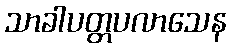
သာခါပတ္တပလာသေန